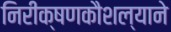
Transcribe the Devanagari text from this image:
निरीक्षणकौशल्याने